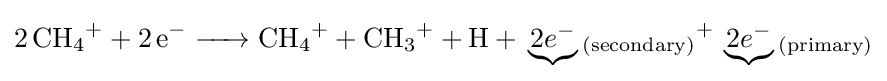
{\ce {2CH4+ + 2e^- -> CH4+ + CH3+ + H + \underbrace{2e^-}_{(secondary)}+ \underbrace{2e^-}_{(primary)}}}